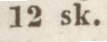
12 sk.